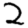
Digit: 2